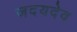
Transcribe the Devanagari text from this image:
जदयदेव